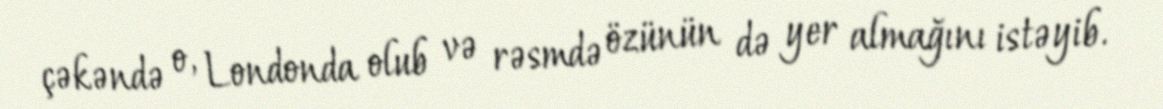
çəkəndə o, Londonda olub və rəsmdə özünün də yer almağını istəyib.